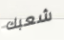
شعبك